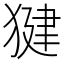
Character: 𭸠